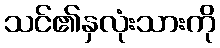
သင်၏နှလုံးသားကို